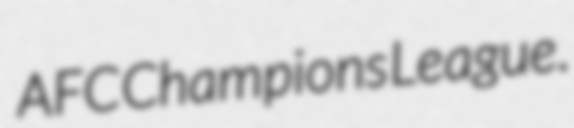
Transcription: AFC Champions League.